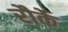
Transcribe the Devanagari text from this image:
रौर्के